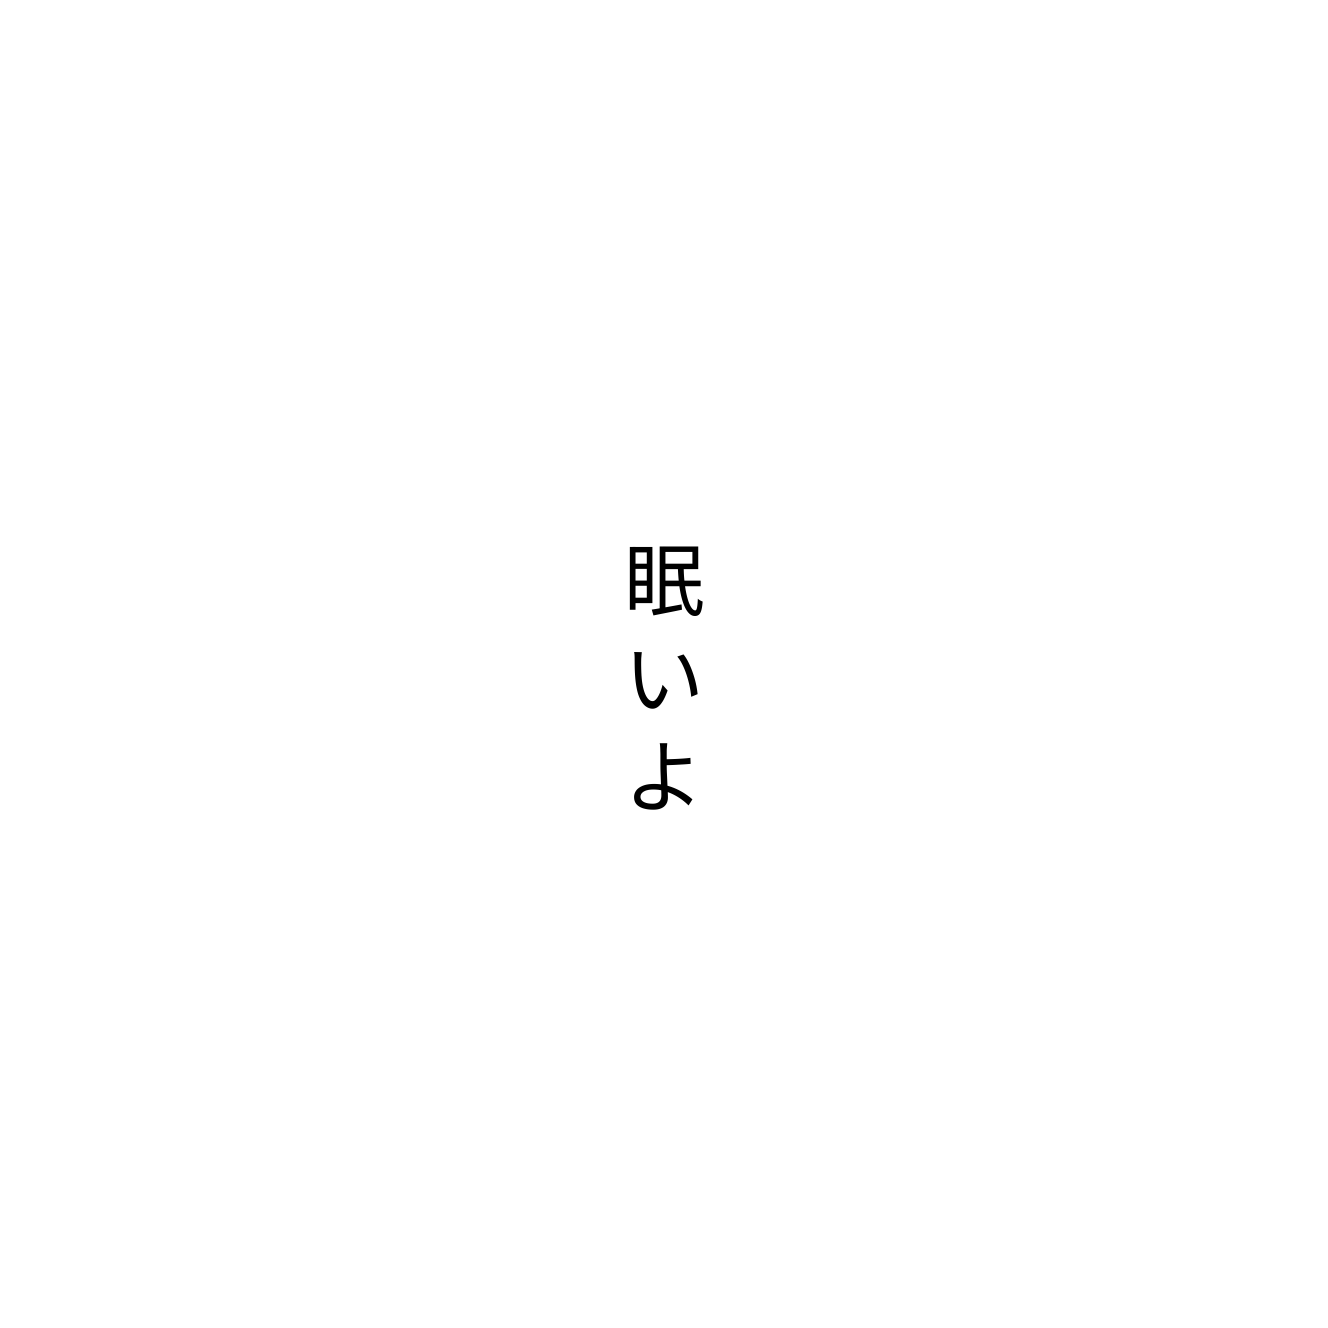
眠いよ